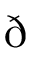
\eth